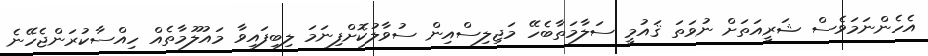
އެހެންނަމަވެސް ޝަރީއަތަށް ނުވަތަ ޤައުމީ ސަލާމަތާބެހޭ މަޖިލިސްއިން ސުވާލުކޮށްފިނަމަ ލިބިފައިވާ މައުލޫމާތެއް ހިއްސާކުރަންޖެހޭނެ